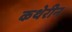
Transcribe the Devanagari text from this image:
कथेरीन